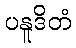
ပနူဒိတံ